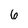
Character: 6